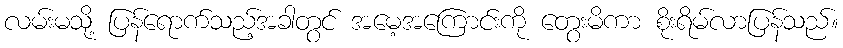
လမ်းမသို့ ပြန်ရောက်သည့်အခါတွင် အမေ့အကြောင်းကို တွေးမိကာ စိုးရိမ်လာပြန်သည်။